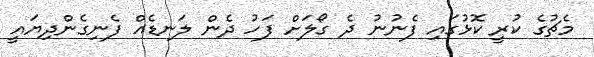
މެޗުގެ ކުރީ ކޮޅުގައި ފެނުނު ދެ ގޯލަށް ފަހު ދެން ލަނޑެއް ފެނިގެންދިޔައީ